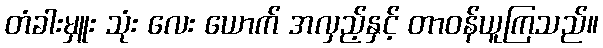
တံခါးမှူး သုံး လေး ယောက် အလှည့်နှင့် တာဝန်ယူကြသည်။